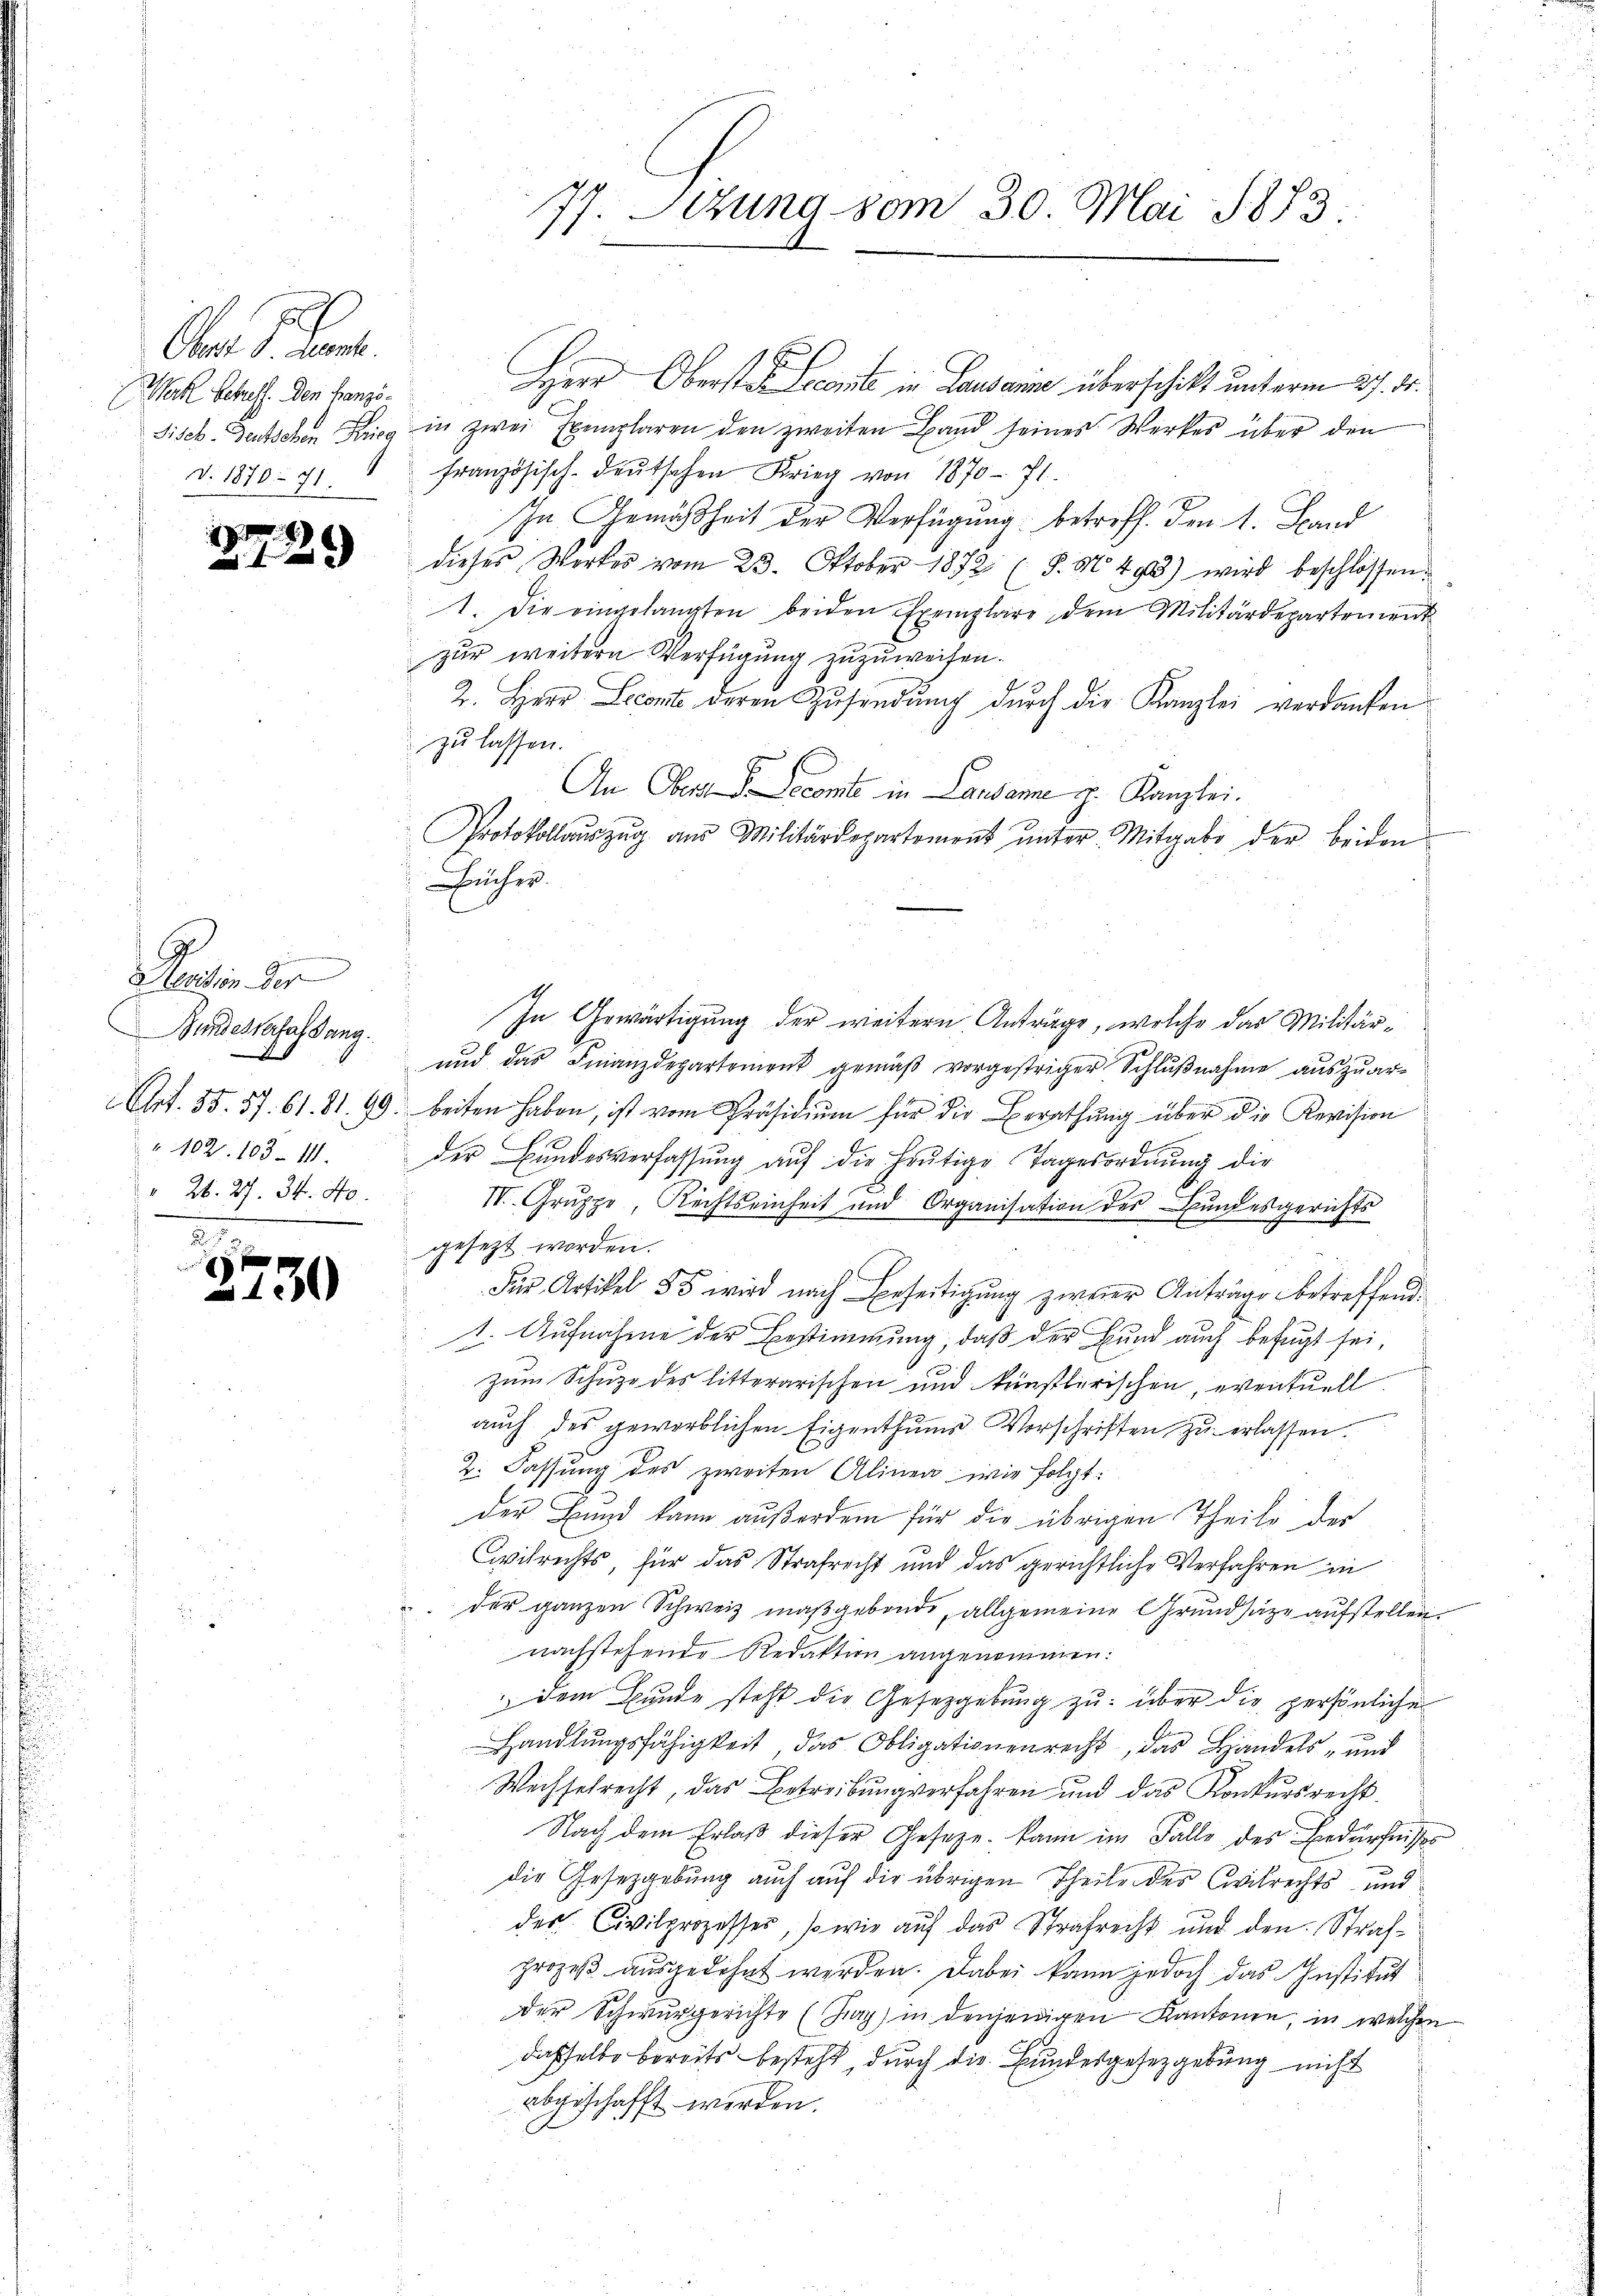
Oben S. Com
Werk betreff. Den Hanzöv. 1870. 71.

2

8

.

Rentin der
Bundesverfassung.
Art. 55. 57. 61. 81. 99.
 102. 103 - 11.
" 26. 27. 34. 40.

30

)

77. Sitzung vom 30. Mai 1873.

Herr Oberste Licente in Lausanne überschikt unterm 27. ds.
Fisch-deutschen Kies in zwei Exemplaren den zweiten Band seines Werkes über den
französisch-deŭtschen Krieg von 1870 - 7.
In Gemäßheit der Verfügung betreff. Den 1. Stand
dieses Wortes vom 23. Oktober 1872 (S. M. 490) wird beschlossen:
1. Die eingelangten beiden Exemplare dem Militärdepartement
zur weitern Verfügung zuzuweisen.
2. Herr Leonte deren Zusendŭng durch die Kanzlei verdanken
zu lassen.
An Obern V. Decomite in Landame H. Kanzlei.
Protokollaŭszŭg aŭs Militärdepartement ŭnter Mitgabe der beiden
Bücher.
In Gewärtigung der weitern Anträge, welche das Militär¬
und das Finanzdepartement gemäß vorgestriger Schlußnahme auszuarbeiten haben, ist vom Präsidium für die Berathung über die Revision
der Bundesverfassung auf die heutige Tagesordnung die
III. Gruppe, Rechtseinheit und Organisation des Bundesgerichts
gesetzt worden.
Für Artikel 55 wird nach Beseitigung zweier Anträge betreffend
1. Aufnahme der Bestimmung, daß der Bund auch befugt sei,
zum Schuze des litterarischen und künstlerischen, eventuell
auch des gewerblichen Eigenthŭme Vorschriften zŭ erlassen.
2. Fassung des zweiten Alinea wie folgt:
der Bund kann außerdem für die übrigen Theile der
Civilrichts, für das Strafrecht und das gerichtliche Verfahren in
der ganzen Schweiz maßgebende, allgemeine Grundsätze aufstellen.
nachstehende Redaktion angenommen:
 dem Bunde steht die Gesetzgebung zu über die persönliche
.
Handlŭngsfähigkeit das Obligationenrecht, das Handels- und
Wechselrecht, das Betreibung verfahren und das Konkursrecht.
Nach dem Erlaß dieser Gesetze kann im Falle des Bedürfnisses
die Gesetzgebung auch auf die übrigen Theile der Civilrechts und
der Civilprozesses, so wie auf das Strafrecht und den Strafprozeß ausgedehnt werden. Dabei kann jedoch das Institut
der Schwurgerichte (Zug) in denjenigen Kantonen, in welchen
dasselbe bereits besteht, durch die Bundesgesetzgebung nicht
abgeschafft werden.